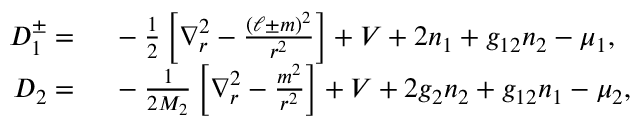
\begin{array} { r l } { D _ { 1 } ^ { \pm } = } & { { } \ - \frac { 1 } { 2 } \left[ \nabla _ { r } ^ { 2 } - \frac { ( \ell \pm m ) ^ { 2 } } { r ^ { 2 } } \right] + V + 2 n _ { 1 } + g _ { 1 2 } n _ { 2 } - \mu _ { 1 } , } \\ { D _ { 2 } = } & { { } \ - \frac { 1 } { 2 M _ { 2 } } \left[ \nabla _ { r } ^ { 2 } - \frac { m ^ { 2 } } { r ^ { 2 } } \right] + V + 2 g _ { 2 } n _ { 2 } + g _ { 1 2 } n _ { 1 } - \mu _ { 2 } , } \end{array}